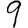
Digit: 9